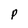
Character: p